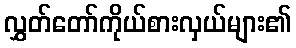
လွှတ်တော်ကိုယ်စားလှယ်များ၏